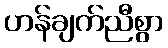
ဟန်ချက်ညီစွာ